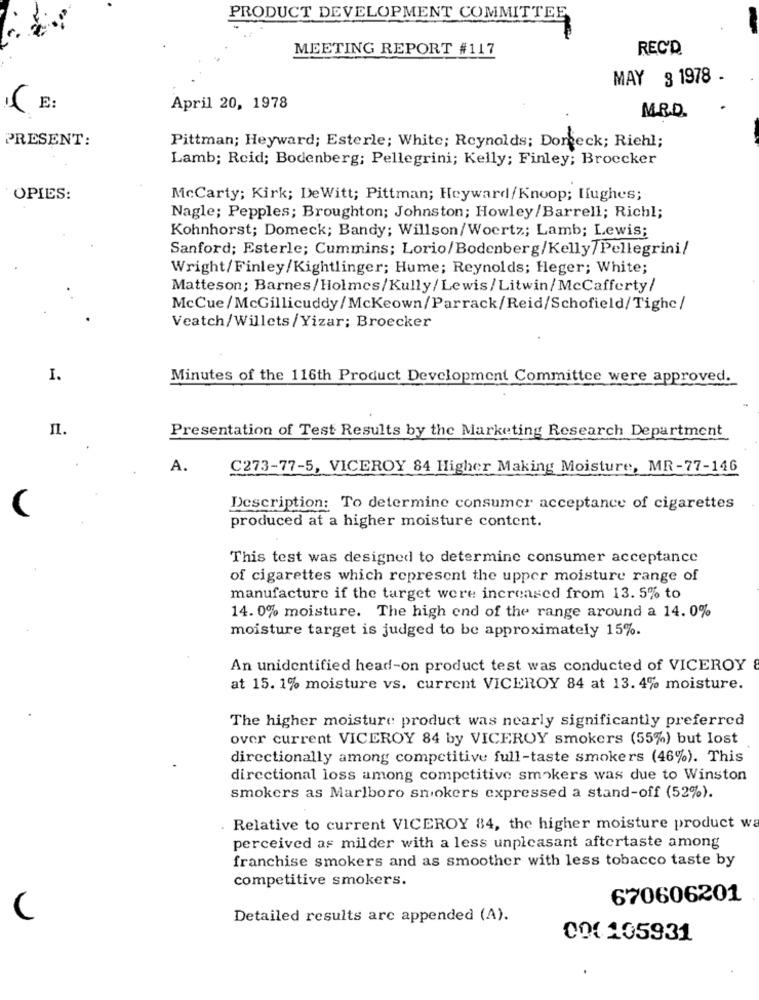
PRODUCT DEVELOPMENT COMMITTEE
MEETING REPORT #117
REC'D
MAY 3 1978 -
.( E:
April 20, 1978
M.R.D.
PRESENT:
Pittman; Heyward; Esterle; White; Reynolds; Doneck; Richl;
Lamb; Reid; Bodenberg; Pellegrini; Kelly; Finley; Broccker
OPIES:
McCarty; Kirk; DeWitt; Pittman; Heyward/Knoop; Hughes;
Nagle; Pepples; Broughton; Johnston; Howley/Barrell; Richl;
Kohnhorst; Domeck; Bandy; Willson/Woertz; Lamb; Lewis;
Sanford; Esterle; Cummins; Lorio/Bodenberg/Kelly/Pellegrini/
Wright/Finley/Kightlinger; Hume; Reynolds; Heger; White;
Matteson; Barnes/Holmes/Kully/Lewis/Litwin/McCafferty/
McCue/McGillicuddy/Mckeown/Parrack/Reid/Schofield/Tighe/
Veatch/Willets/Yizar; Broecker
I.
Minutes of the 116th Product Development Committee were approved.
п.
Presentation of Test Results by the Marketing Research Department
A.
C273-77-5, VICEROY 84 Higher Making Moisture, MR-77-146
C
Description: To determine consumer acceptance of cigarettes
produced at a higher moisture content.
This test was designed to determine consumer acceptance
of cigarettes which represent the upper moisture range of
manufacture if the target were increased from 13. 5% to
14. 0% moisture. The high end of the range around a 14. 0%
moisture target is judged to be approximately 15%.
An unidentified head-on product test was conducted of VICEROY
at 15. 1% moisture vs. current VICEROY 84 at 13. 4% moisture.
The higher moisture product was nearly significantly preferred
over current VICEROY 84 by VICEROY smokers (55%) but lost
directionally among competitive full-taste smokers (46%). This
directional loss among competitive smokers was due to Winston
smokers as Marlboro smokers expressed a stand-off (52%).
Relative to current VICEROY 84, the higher moisture product wa
perceived as milder with a less unpleasant aftertaste among
franchise smokers and as smoother with less tobacco taste by
competitive smokers.
670606201
Detailed results are appended (A).
000 105931